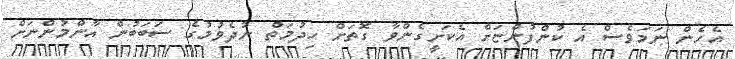
އެހެން ނަމަވެސް އެ ކުންފުންޏަށް އެކަށީގެންވާ ގޮތަށް ހިދުމަތް ނުދެވުމުގެ ސަބަބުން އާންމުންނަށް